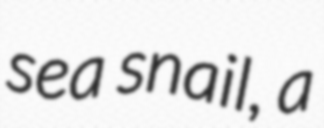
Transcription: sea snail, a